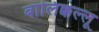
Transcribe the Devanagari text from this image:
बालिक्कल्लू